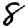
Digit: 8